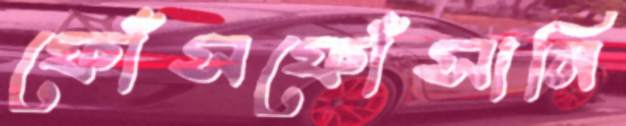
ফোঁসফোঁসানি